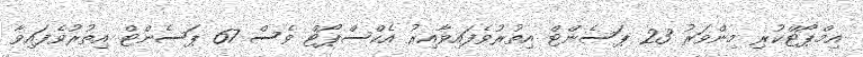
އިމްޕޯޓްކުރި މިންވަރު 23 ޕަސެންޓް އިތުރުވެފައިވާއިރު އެކްސްޕޯޓް ވެސް 67 ޕަސެންޓް އިތުރުވެފައިވާ